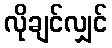
လိုချင်လျှင်